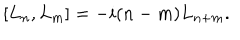
LaTeX: \left[ L _ { n } , L _ { m } \right] = - i ( n - m ) L _ { n + m } .